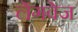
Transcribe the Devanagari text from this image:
लेंगवेज